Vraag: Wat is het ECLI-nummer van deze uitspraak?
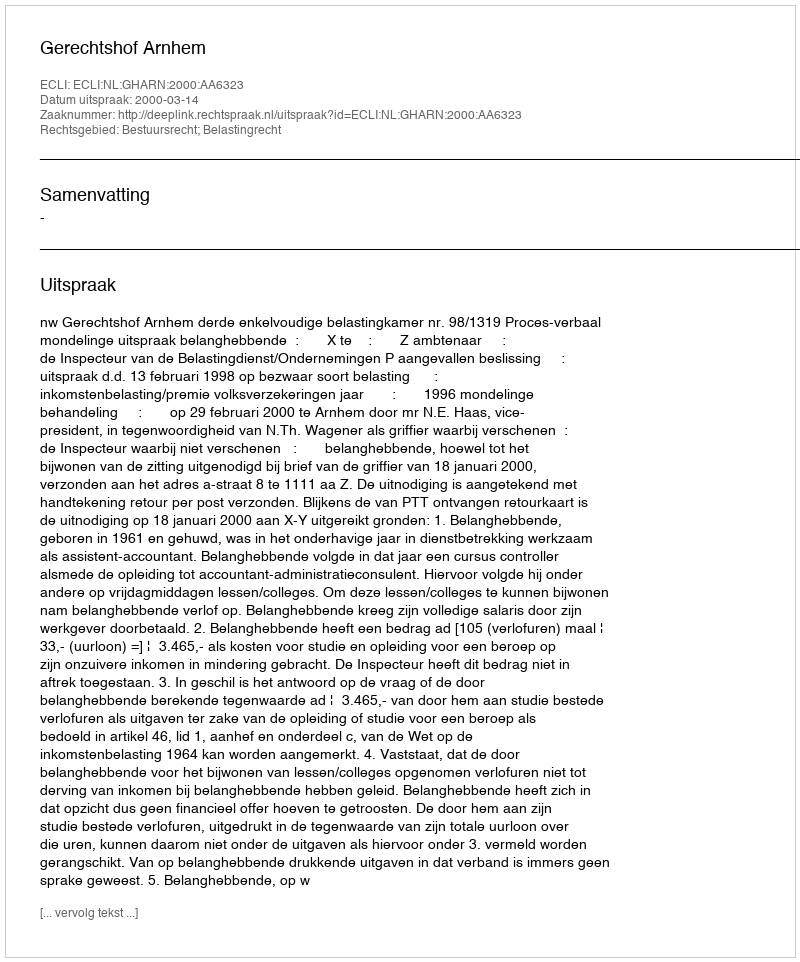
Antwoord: ECLI:NL:GHARN:2000:AA6323